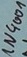
Text: 1N4001